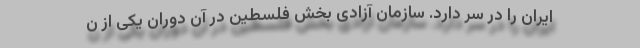
ایران را در سر دارد. سازمان آزادی بخش فلسطین در آن دوران یکی از ن